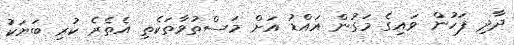
ދާދި ފަހުން ވައިގެ މަގުން އައްޑު އަށް މަސްތުވާތަކެތި އެތެރެ ކުރި ބަޔަކު